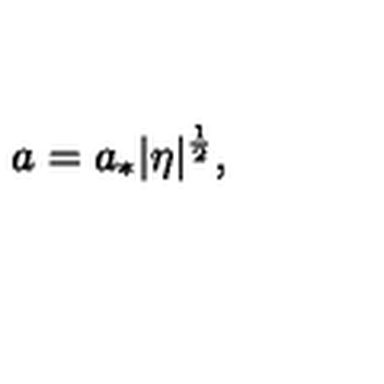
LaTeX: a = a _ { * } | \eta | ^ { \frac { 1 } { 2 } } ,